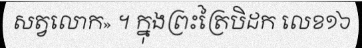
សត្វលោក» ។ ក្នុងព្រះត្រៃបិដក លេខ១៦